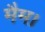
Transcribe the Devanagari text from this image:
मैम।